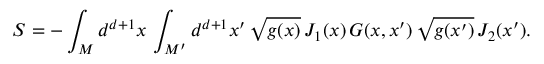
S = - \int _ { M } d ^ { d + 1 } x \, \int _ { M ^ { \prime } } d ^ { d + 1 } x ^ { \prime } \, \sqrt { g ( x ) } \, J _ { 1 } ( x ) \, G ( x , x ^ { \prime } ) \, \sqrt { g ( x ^ { \prime } ) } \, J _ { 2 } ( x ^ { \prime } ) .